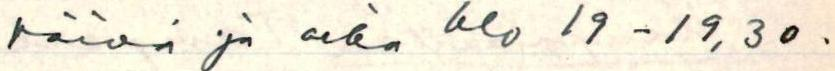
päivä ja aika klo 19 - 19,30.